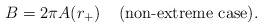
\begin{align*}B = 2\pi A(r_+)\;\;\;\; \mbox{(non-extreme case)}.\end{align*}